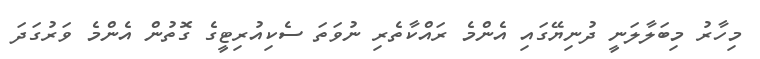
މިހާރު މިބަލާލަނީ ދުނިޔޭގައި އެންމެ ރައްކާތެރި ނުވަތަ ސެކިއުރިޓީގެ ގޮތުން އެންމެ ވަރުގަދަ